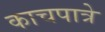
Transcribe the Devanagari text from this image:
काचपात्रे